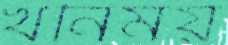
খনিময়